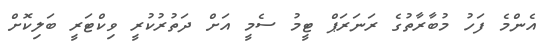
އެންމެ ފަހު މުބާރާތުގެ ރަނަރަޕް ޓީމު ސެމީ އަށް ދަތުރުކުރީ ވިކްޓަރީ ބަލިކޮށް